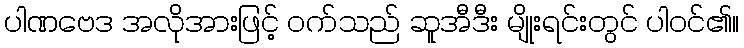
ပါဏဗေဒ အလိုအားဖြင့် ဝက်သည် ဆူအီဒီး မျိုးရင်းတွင် ပါဝင်၏။